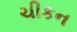
ચીકન